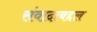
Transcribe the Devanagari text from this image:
संवादाबद्दल